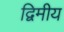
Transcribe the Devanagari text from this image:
द्विमीय